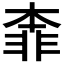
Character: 𩇶